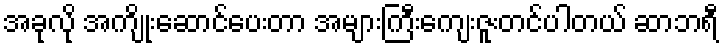
အခုလို အကျိုးဆောင်ပေးတာ အများကြီးကျေးဇူးတင်ပါတယ် ဆာဘရီ